Vaccination in Bombay 1924-1928 - 1924-1928
Year: 1924
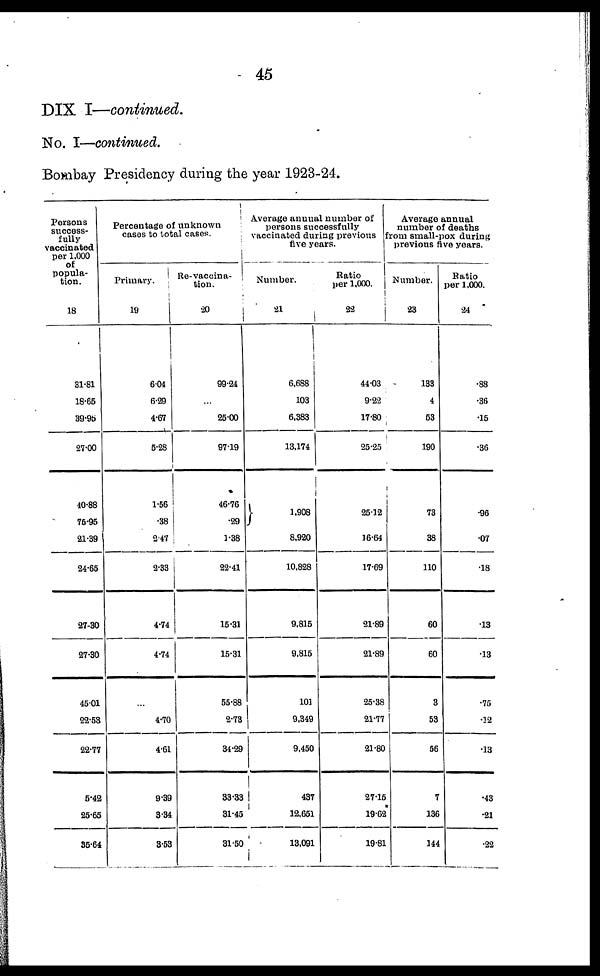
45
DIX I—continued.
No. I—continued.
Bombay Presidency during the year 1923-24.
Persons
success-
fully
vaccinated
per 1,000
of
popula-
tion.
18
31.81
18.66
39.95
27.00
40.88
76.96
21.39
24.66
27.30
27.30
45.01
22.63
22.77
5.42
25.65
35.64
Percentage of unknown
cases to total cases.
Primary.
19
6.04
6.29
4.67
5.28
1.56
.38
2.47
2.33
4.74
4.74
...
4.70
4.61
9.39
3.34
3.53
Re-vaccina¬
tion.
20
99.24
...
25.00
97.19
46.76
.29
1.38
22.41
16.31
15.31
55.88
2.73
34.29
33.33
31.45
31.50
Average annual number of
persons successfully
vaccinated during previous
five years.
Number.
21
6,688
103
6,383
13,174
1,908
8,920
10,828
9,815
9,815
101
9,349
9,450
437
12,651
13,091
Ratio
per 1,000.
22
44.03
9.22
17.80
25.25
25.12
16.64
17.69
21.89
21.89
25.38
21.77
21.80
27.16
19.62
19.81
Average annual
number of deaths
from small-pox during
previous five years.
Number.
23
133
4
63
190
73
38
110
60
60
3
53
56
7
136
144
Ratio
per 1,000.
24
.88
.36
.15
.36
.96
.07
.18
.13
.13
.75
.12
.13
.43
.21
.22